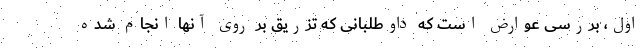
اول، بررسی عوارض است که داوطلبانی که تزریق بر روی آنها انجام شده